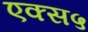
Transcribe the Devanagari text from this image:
एक्स५